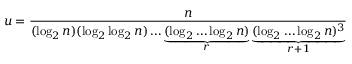
u = { \frac { n } { ( \log _ { 2 } n ) ( \log _ { 2 } \log _ { 2 } n ) \dots \underbrace { ( \log _ { 2 } \dots \log _ { 2 } n ) } _ { r } \underbrace { ( \log _ { 2 } \dots \log _ { 2 } n ) ^ { 3 } } _ { r + 1 } } }